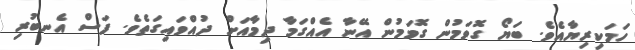
ހަމަކިރިޔާއެވެ. ބަޔޯ ގޮވަމުން ގޮވަމުން އޭނާ އެއްގަމާ ދިމާއަށް ދުއްވައިގަތެވެ. ފަސް އެނބުރި